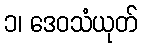
၁၊ ဒေဝသံယုတ်